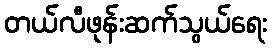
တယ်လီဖုန်းဆက်သွယ်ရေး